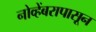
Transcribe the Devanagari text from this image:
नोव्हेंबरापासून